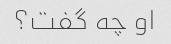
او چه گفت؟